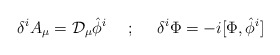
\begin{align*}\delta^iA_\mu = {\cal D}_\mu\hat{\phi}^i\ \ \ \ ;\ \ \ \ \delta^i\Phi = -i[\Phi , \hat{\phi}^i]\end{align*}